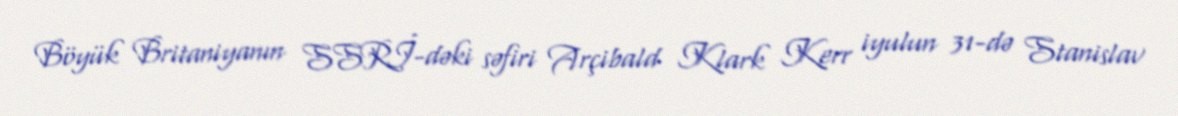
Böyük Britaniyanın SSRİ-dəki səfiri Arçibald Klark Kerr iyulun 31-də Stanislav